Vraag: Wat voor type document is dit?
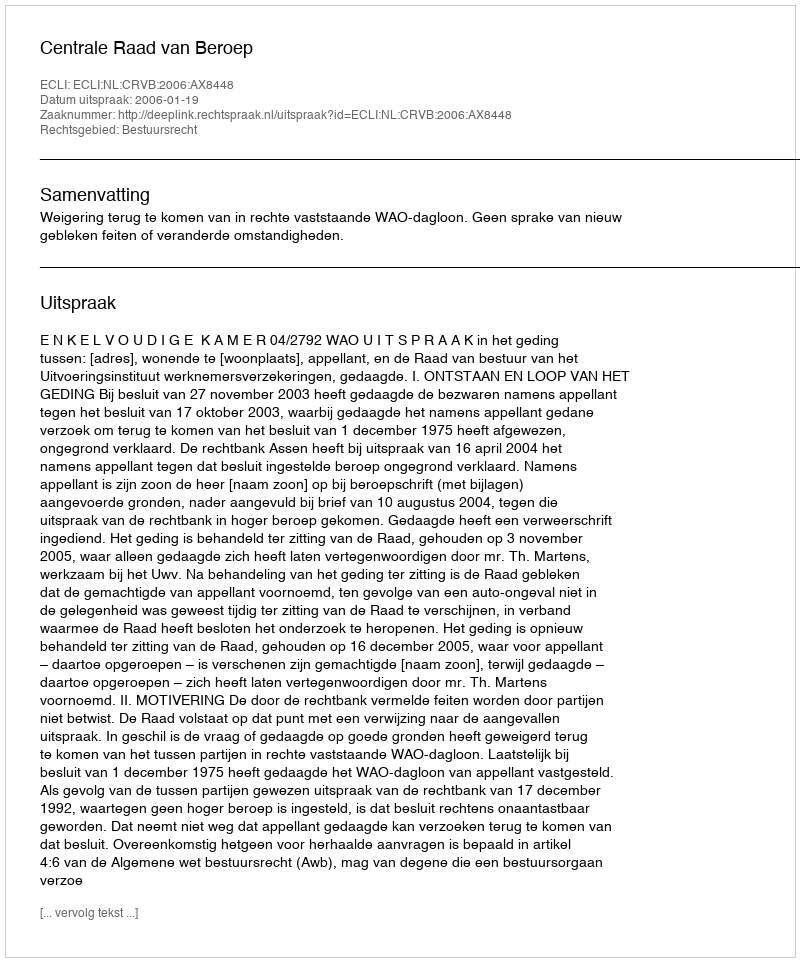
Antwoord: Uitspraak